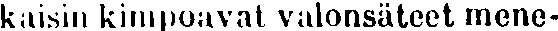
kaisin kimpoavat valonsäteet mene-